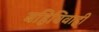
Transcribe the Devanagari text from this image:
बहिविवाही